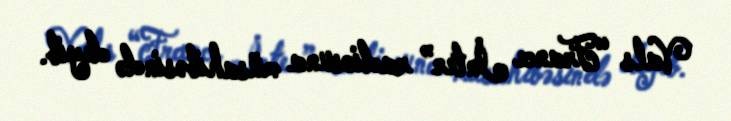
Vals “France İnter” radiosuna müsahibəsində deyib.